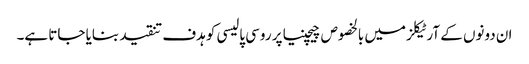
ان دونوں کے آرٹیکلز میں بالخصوص چیچنیا پر روسی پالیسی کو ہدف تنقید بنایا جاتا ہے۔